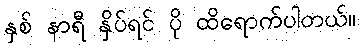
နှစ် နာရီ နှိပ်ရင် ပို ထိရောက်ပါတယ်။